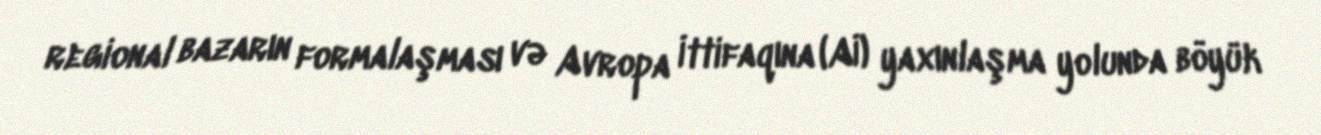
regional bazarın formalaşması və Avropa İttifaqına (Aİ) yaxınlaşma yolunda böyük